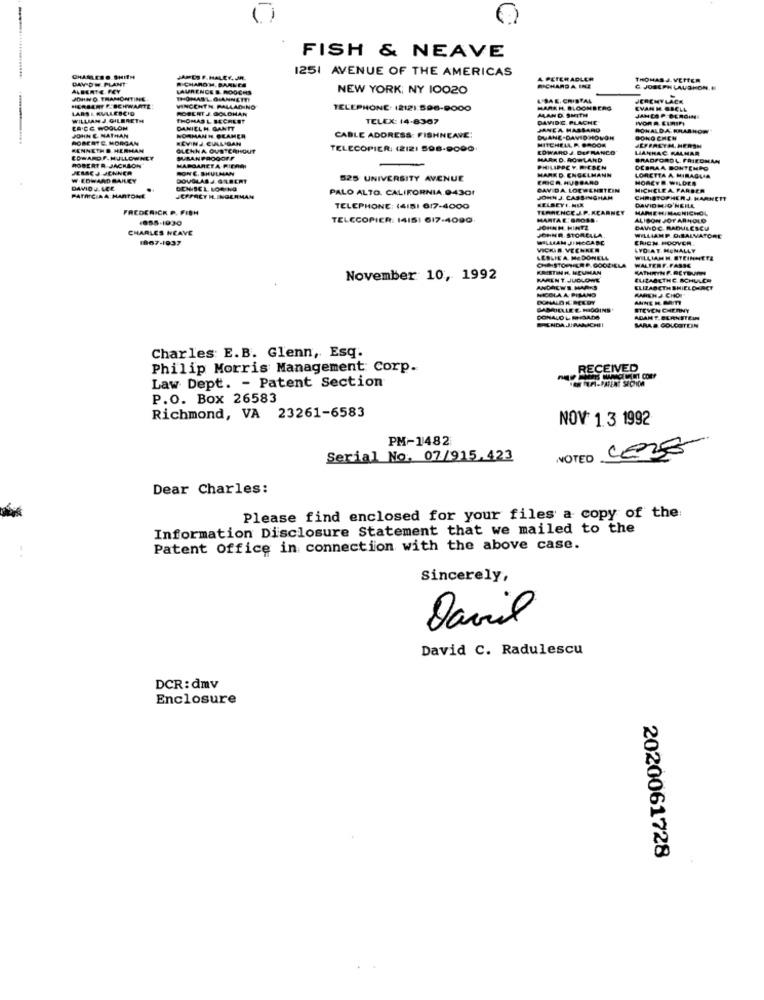
FISH & NEAVE
1251 AVENUE OF THE AMERICAS
DAVID W PLANT
CHAREBO SHITH
RICHAROM, BARNES
JAMES F. HALEY, JR.
4 PETER ADLER
THOMAS J. VETTER
ALBERTE FEY
LAURENCE S. ROOCHS
NEW YORK, NY 10020
RICHARD A INE
C JOSEPH LAUGHON. F
JOHN O TRAMONTINE
THOMASL GIANNETTI
L'BAE. CRISTAL
JEREMY LACH
LARS LAULLERC'D
HERBERT F. SCHWARTE:
VINCENTH PALLADINO
ROBERTJ. GOLDHAN
TELEPHONE: 12121:596-9000
HARAH. BLOOMBERG
MANO. SMITH
EVAN H GRELL
WILLIAM J. GILBRETH
THOMAS L BECHEET
TELEX: 14-8367
DAVIDE. PLACHE
IVOR R. EURINI
JAN CO P. BERGIM
ER'CE WOOLON
DANIEL H. GANTT
CABLE ADDRESS: FISHNEAVE:
JANEA MASSARO
RONALDA KRARHOP
JOHN C. NATHAN
ROBERTE. MORGAN
NORMAN H BEAMER
KEVINJ CIALISAN
DUANE-DAVIDHOVOR
MITCHELL A. BROOK
GONG CHEN
KENNETH B. HERMAN
GLENNA OVETERHOUT
TELECOPIER: (2121 998-9000
EDWARD J. DEFRANCO
JEFFREYM. HERSH
LIAMHAC KALMAR
ROBERT R JACKSON
POP.NULLOWNET
DURANPROGOFF
MARKO. ROWLAND
BRADFORDL. FRIEDMAN
JEMACJ JENNER
MARGARETA FICAM
HONE. SHULMAN
PHILIPPCY. DIESEN
MARK D. ENGELMANN
DEBRAA BONTEMPO
W.EDWARD BAILEY
DOUGLAS J. GILBERT
525 UNIVERSITY AVENUE
ERICA. HUBBARD
HOREVE WILDES
LORETTA A MIRAGLIA
DAVIDU LEE
GENISEL. LOONG
PALO ALTO. CALIFORNIA.94301
GAY DA LOEWENSTEIN
MICHCLEA FARBER
PATRICIAA MARTONE
JEFFACT M.INGERMAN
KELSEYI, MER
JOHN J. CASSINGHAM
CHRISTOPHERJ. HARNETT
FREDERICK P. FISH
TELEPHONE: (4/5/ 6/7-4000
TERRENCE J.P. KEARNEY
DAVID MIO NEILL
MARIE HI MAGHICHOL
-855-1930
TELCCOPIER: 14151 617-4090
MARTAE GROME:
ALISON JOT AR HOLO
CHARLES HEAVE
JOHNH HINTE
DAWIDC RADULESCU
1867-1937
JOHNR. STORELLA.
PLAAM JIMCCABE
WILLIAMP.D.SALVATORE
ERICH HOOVER,
VICKI# VEENKER
AVO AT MONALLY
LESLIE A MEDONELA
WILLIAMH. STEINMETZ
KRISTIN H. NEUMAN
CHRISTOPHER P.GOODHELA
WALTERF.FASSE
KATHRYN P. RETOUR
November 10, 1992
BARENT.JUDLOWE
ELIZABETHE SCHULER
ANDREWS. MARKS
NICOLA A PILANG
AMITHJ CHO
ELIZABETH SHIELD RET
DONALD K BELDY
GABRIELLE E. HIGGINS
STEVEN CHERNY
DONALD L MIDANS
BRENDA JIRANICHI!
ADANT,BERNSTEIN
MARA & GOLDSTEIN
Charles: E.B. Glenn, Esq.
Philip Morris Management Corp.
RECEIVED
Law Dept. - Patent Section
P.O. Box 26583
Richmond, VA 23261-6583
NOV 1.3 1992
PM-1482
Serial No. 07/915.423
NOTED
Dear Charles:
Please find enclosed for your files a copy of the
Information Disclosure Statement that we mailed to the
Patent Office in connection with the above case.
Sincerely,
Davil
David C. Radulescu
DCR: dmv
Enclosure
2020061728